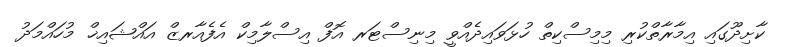
ކާށިދޫގައި އިމާރާތްކުރި މިމިސްކިތް ހުޅަވައިދެއްވީ މިނިސްޓަރ އޮފް އިސްލާމިކް އެފެއާރޒް އައްޝައިޚް މުހައްމަދު